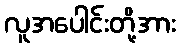
လူအပေါင်းတို့အား